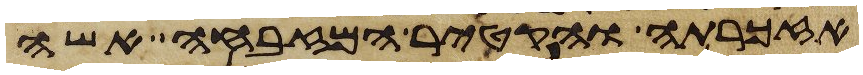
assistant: אזכרתה והקטיר המזבחה אשה